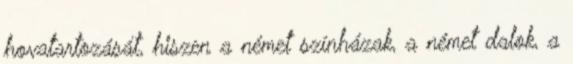
hovatartozását, hiszen a német színházak, a német dalok, a